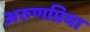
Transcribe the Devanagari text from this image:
अरुणप्रिया